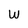
Character: W